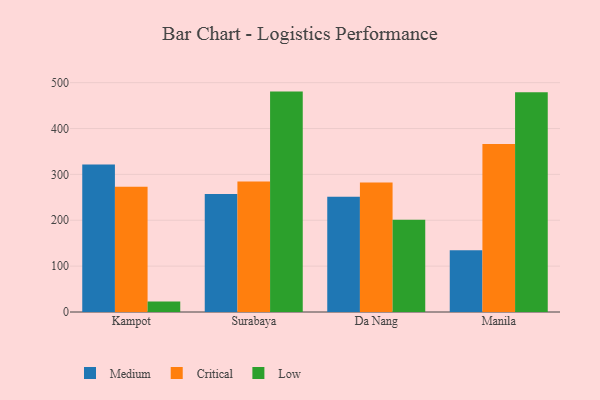
{"axis": {"x": "City", "y": "Headcount"}, "legend": ["Critical", "Low", "Medium"], "data": [{"x": "Kampot", "y": 321.4, "type": "Medium"}, {"x": "Kampot", "y": 273.1, "type": "Critical"}, {"x": "Kampot", "y": 22.7, "type": "Low"}, {"x": "Surabaya", "y": 257.1, "type": "Medium"}, {"x": "Surabaya", "y": 284.3, "type": "Critical"}, {"x": "Surabaya", "y": 480.5, "type": "Low"}, {"x": "Da Nang", "y": 251.5, "type": "Medium"}, {"x": "Da Nang", "y": 282.2, "type": "Critical"}, {"x": "Da Nang", "y": 201.2, "type": "Low"}, {"x": "Manila", "y": 134.7, "type": "Medium"}, {"x": "Manila", "y": 366.5, "type": "Critical"}, {"x": "Manila", "y": 479.0, "type": "Low"}]}